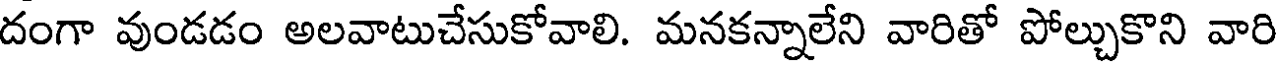
దంగా వుండడం అలవాటుచేసుకోవాలి. మనకన్నాలేని వారితో పోల్చుకొని వారి